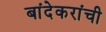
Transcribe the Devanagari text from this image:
बांदेकरांची